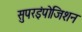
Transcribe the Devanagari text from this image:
सुपरइंपोजिशन